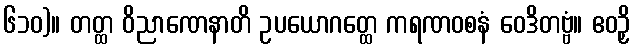
၆၁၀)။ တတ္ထ ဝိညာဏေနာတိ ဥပယောဂတ္ထေ ကရဏဝစနံ ဝေဒိတဗ္ဗံ။ ဧဝဉှိ